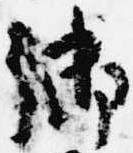
御